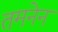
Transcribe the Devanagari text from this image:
तमनेन